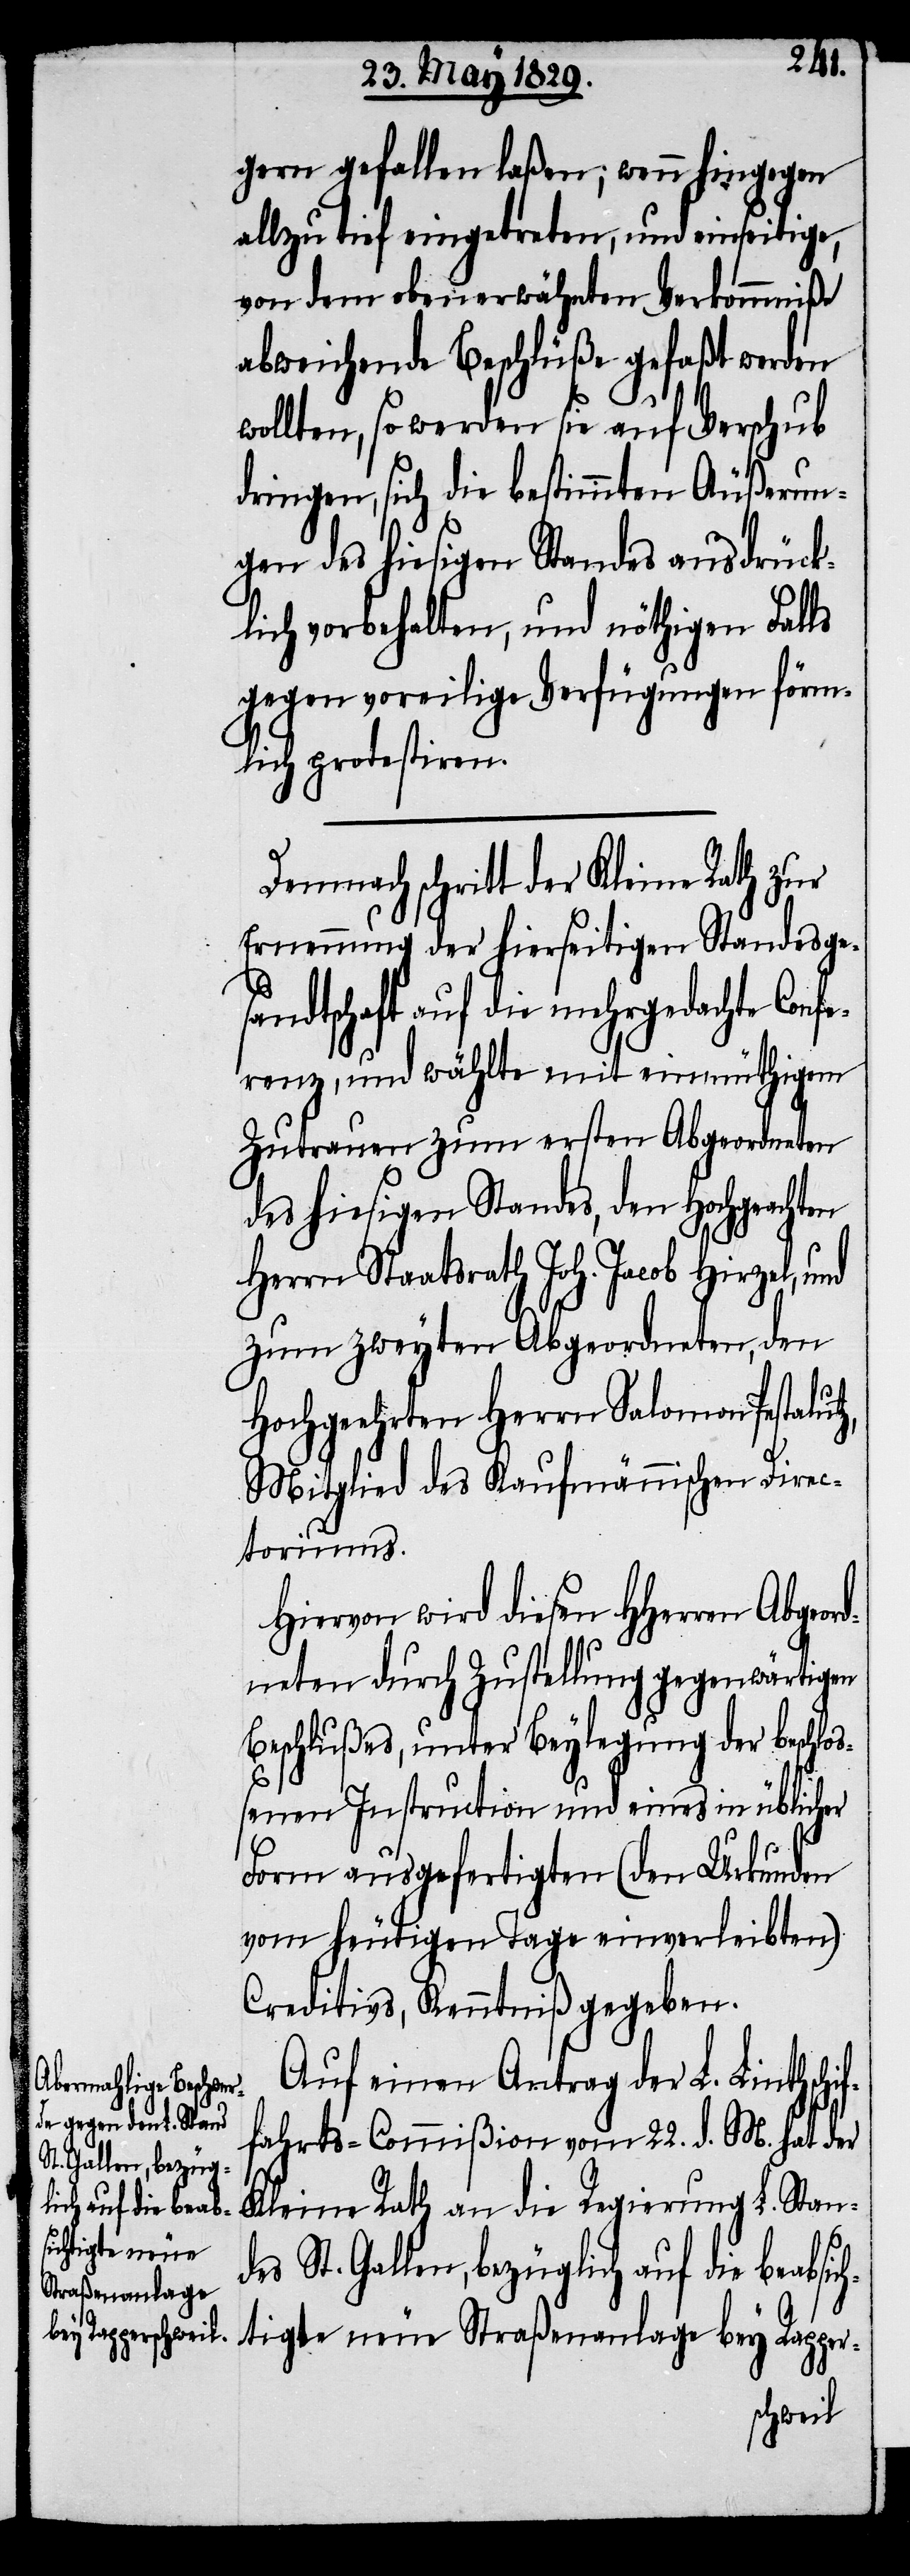
utz,
gern gefallen laßen, wenn hingegen
allzu tief eingetreten, und einseitige,
von dem obenerwähnten Verkommniße
abweichende Beschlüße gefaßt werden
wollten, so werden sie auf Verschub
dringen, sich die bestimmte Äußerun¬
gen des hiesigen Standes ausdrück¬
lich vorbehalten, und nöthigen Falls
gegen voreilige Verfügungen förm¬
lich protestiren.
Demnach schritt der Kleine Rath zur
Ernennung der hierseitigen Standesge¬
sandtschaft auf die mehrgedachte Conf¬
erenz, und wählte mit einmüthigem
Zutrauen zum ersten Abgeordneten
des hiesigen Standes, den Hochgeachten
Herrn Staatsrath Joh. Jacob Hirzel,
zum zweyten Abgeordneten, den
Hochgeehrten Herrn Salomon Pestal¬
Mitglied des Kaufmännischen Direc¬
toriums.
Hiervon wird diesen HHerren Abgeord¬
neten durch Zustellung gegenwärtigen
Beschlußes, unter Beylegung der beschlo¬
ßenen Instruction und eines in üblicher
Form ausgefertigten (den Urkunden
vom heutigen Tage einverleibten)
Creditivs, Kenntniß gegeben.
Auf einen Antrag der L. Linth¬
fahrts-Commißion vom 22. d. M. hat der
Kleine Rath an die Regierung L. Stan¬
des St. Gallen, bezüglich auf die beabsic¬
htigte neue Straßenanlage bey Rapper-
schif¬